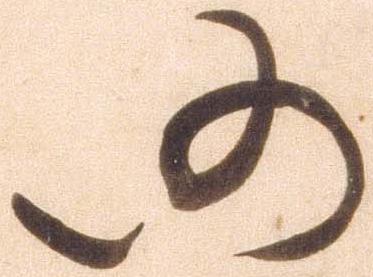
仍